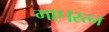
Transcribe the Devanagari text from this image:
गए।रत्न